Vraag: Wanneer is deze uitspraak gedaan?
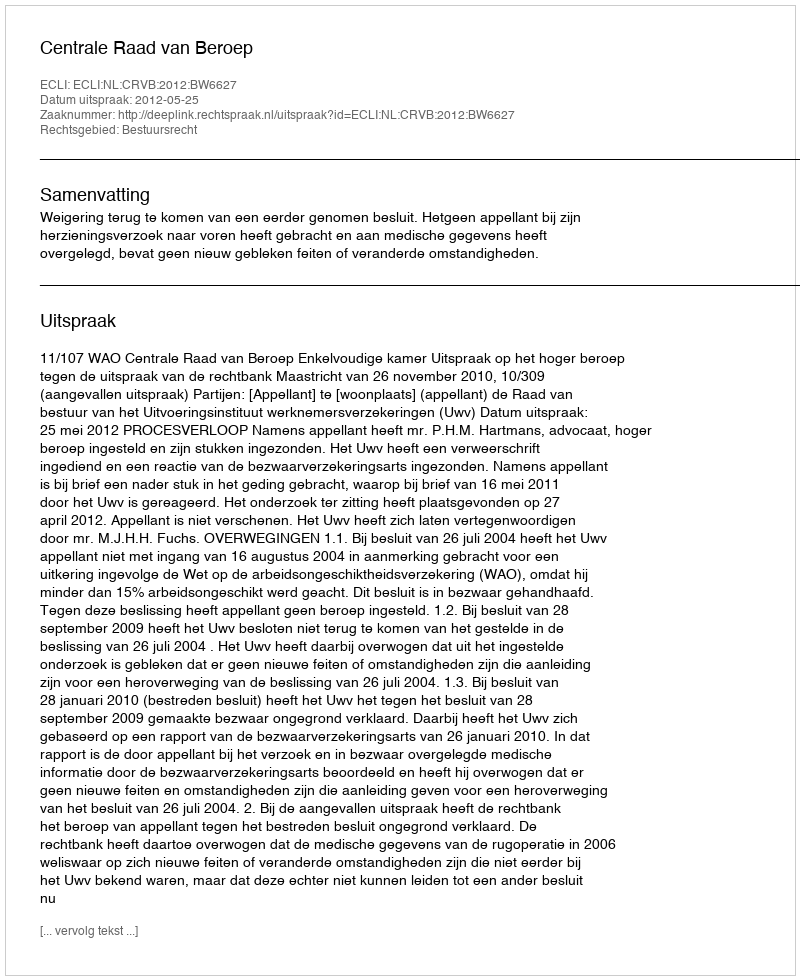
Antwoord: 2012-05-25